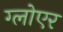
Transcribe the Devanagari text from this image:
ग्लोएर